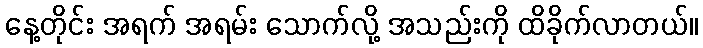
နေ့တိုင်း အရက် အရမ်း သောက်လို့ အသည်းကို ထိခိုက်လာတယ်။